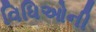
વિધિઓની